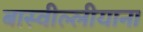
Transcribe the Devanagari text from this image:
बास्वील्लीयाना